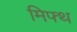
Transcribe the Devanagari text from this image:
मिफ्थ